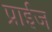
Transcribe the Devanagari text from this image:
प्राईज